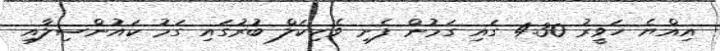
އިއްޔެ ހަވީރު 4.30 ގައި ގަމުން ފެށި ވެހިކަލް ބުރުގައި ގަމު ކައުންސިލާއި